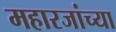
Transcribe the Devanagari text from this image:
महारजांच्या